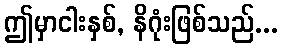
ဤမှာငါးနှစ်, နိဂုံးဖြစ်သည်...